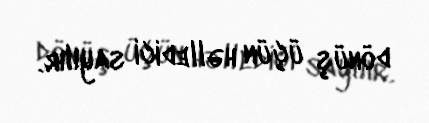
dönüş üçün həlledici sayılır.